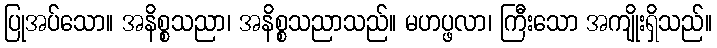
ပြုအပ်သော။ အနိစ္စသညာ၊ အနိစ္စသညာသည်။ မဟပ္ဖလာ၊ ကြီးသော အကျိုးရှိသည်။